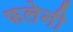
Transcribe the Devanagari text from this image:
फलेनी